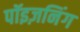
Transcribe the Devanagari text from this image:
पॉइज़निंग